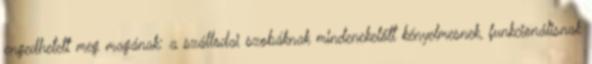
engedhetett meg magának: a szállodai szobáknak mindenekelőtt kényelmesnek, funkcionálisnak